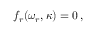
f _ { r } ( \omega _ { r } , \kappa ) = 0 \, ,